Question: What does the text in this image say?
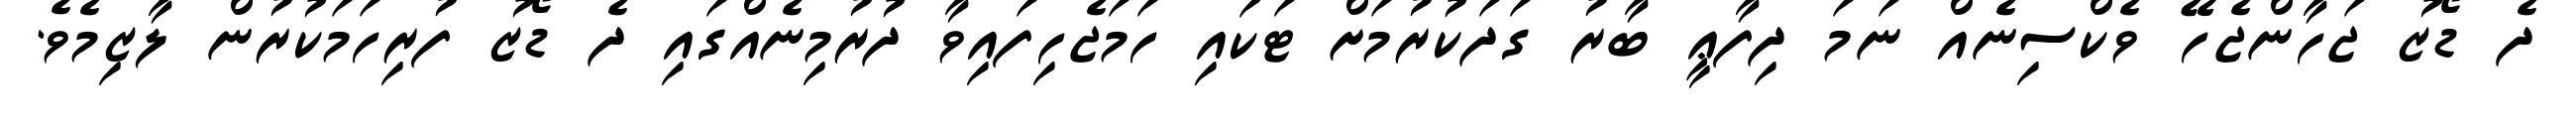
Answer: ދެ ޑޯޒު ޖަހާންޖެހޭ ވެކްސިނެއް ނަމަ ދިފާޢީ ބާރު ގަދަކުރުމަށް ޓަކައި ހަމަޖެހިފައިވާ ދުރުމިނެއްގައި ދެ ޑޯޒު ފުރިހަމަކުރުން ލާޒިމެވެ.